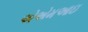
એએમઆઇ